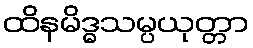
ထိနမိဒ္ဓသမ္ပယုတ္တာ